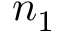
n _ { 1 }